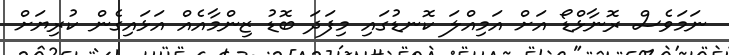
ނަމަވެސް ރޮނާޅްޑޯ އަށް އަމިއްލަ ކޮނޑުގައި މިފަދަ ބޮޑު ޒިންމާއެއް އަޅައިގެން ކުރިޔަށް